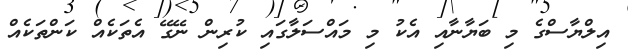
އިލްޔާސްގެ މި ބަޔާނާއި އެކު މި މައްސަލާގައި ކުރިން ނޭގޭ އެތަކެއް ކަންތަކެއް